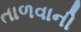
તાળવાની